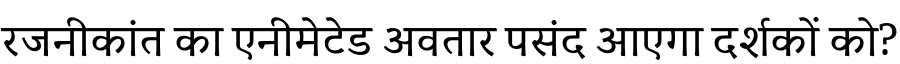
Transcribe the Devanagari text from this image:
रजनीकांत का एनीमेटेड अवतार पसंद आएगा दर्शकों को?